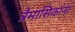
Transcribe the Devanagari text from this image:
त्रैमासिकांना